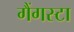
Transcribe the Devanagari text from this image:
गैंगस्टा